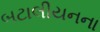
બટાલીયનના